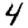
Digit: 4